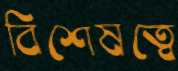
বিশেষত্বে